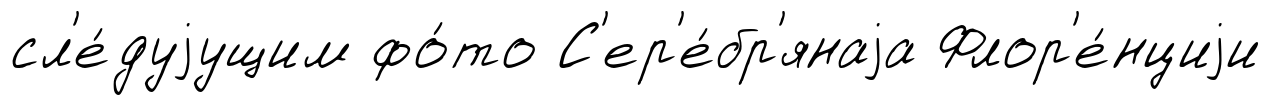
сл'е́дуjущим фо́то С'ер'е́бр'янаjа Флор'е́нциjи